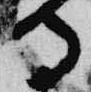
寺